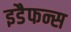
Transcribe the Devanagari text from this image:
इडैफन्स